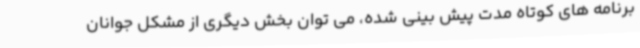
برنامه های کوتاه مدت پیش بینی شده، می توان بخش دیگری از مشکل جوانان